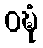
ဝဍ္ဎံ